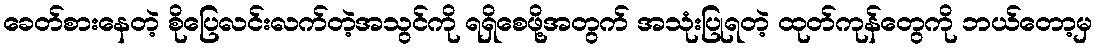
ခေတ်စားနေတဲ့ စိုပြေလင်းလက်တဲ့အသွင်ကို ရရှိစေဖို့အတွက် အသုံးပြုရတဲ့ ထုတ်ကုန်တွေကို ဘယ်တော့မှ